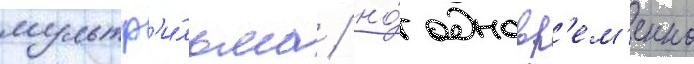
мультф'и́льма / но́ одновр'ем'енно